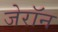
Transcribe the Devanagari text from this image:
जेरॉन